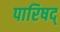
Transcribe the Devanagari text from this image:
पारिषद्